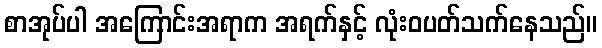
စာအုပ်ပါ အကြောင်းအရာက အရက်နှင့် လုံးဝပတ်သက်နေသည်။